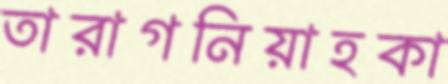
তারাগনিয়াহকা